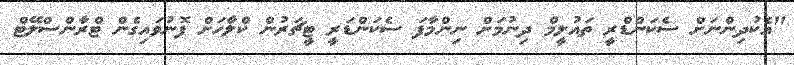
"އެކުދިންނަށް ސެކަންޑްރީ ތައުލީމް ދިނުމަށް ނިންމާފަ ސެކަންޑަރީ ޓީޗަރުން ކްލާހަށް ފޮނުވައިގެން ޓްރާންސްލޭޓް